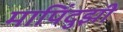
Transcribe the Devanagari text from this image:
मापिंदुझी